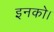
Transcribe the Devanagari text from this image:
इनको।